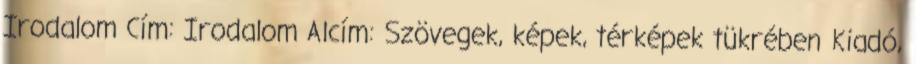
Irodalom Cím: Irodalom Alcím: Szövegek, képek, térképek tükrében Kiadó,